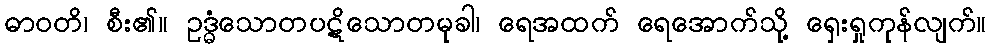
ဓာဝတိ၊ စီး၏။ ဥဒ္ဓံသောတပဋိသောတမုခါ၊ ရေအထက် ရေအောက်သို့ ရှေးရှုကုန်လျက်။